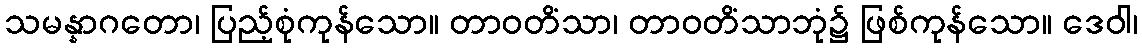
သမန္နာဂတော၊ ပြည့်စုံကုန်သော။ တာဝတိံသာ၊ တာဝတိံသာဘုံ၌ ဖြစ်ကုန်သော။ ဒေဝါ၊